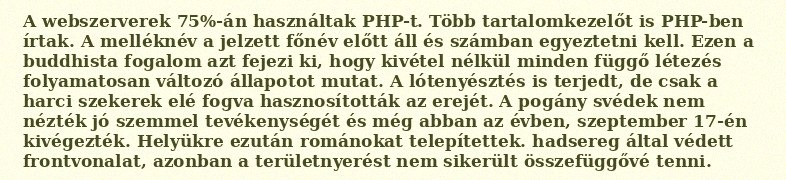
A webszerverek 75%-án használtak PHP-t. Több tartalomkezelőt is PHP-ben írtak. A melléknév a jelzett főnév előtt áll és számban egyeztetni kell. Ezen a buddhista fogalom azt fejezi ki, hogy kivétel nélkül minden függő létezés folyamatosan változó állapotot mutat. A lótenyésztés is terjedt, de csak a harci szekerek elé fogva hasznosították az erejét. A pogány svédek nem nézték jó szemmel tevékenységét és még abban az évben, szeptember 17-én kivégezték. Helyükre ezután románokat telepítettek. hadsereg által védett frontvonalat, azonban a területnyerést nem sikerült összefüggővé tenni.